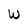
Character: W